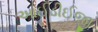
આઈડીઈજી